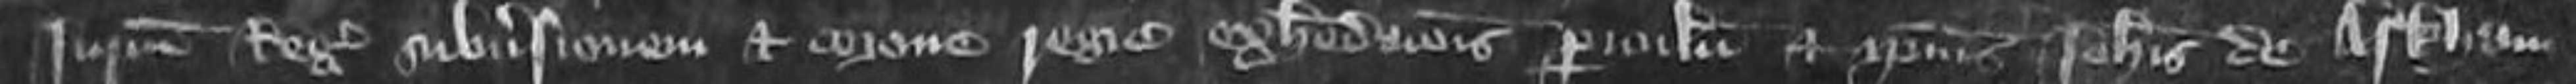
jurium Regis subversionem et corone Regie exheredationis periculum et ipsius Johannis de Arkham